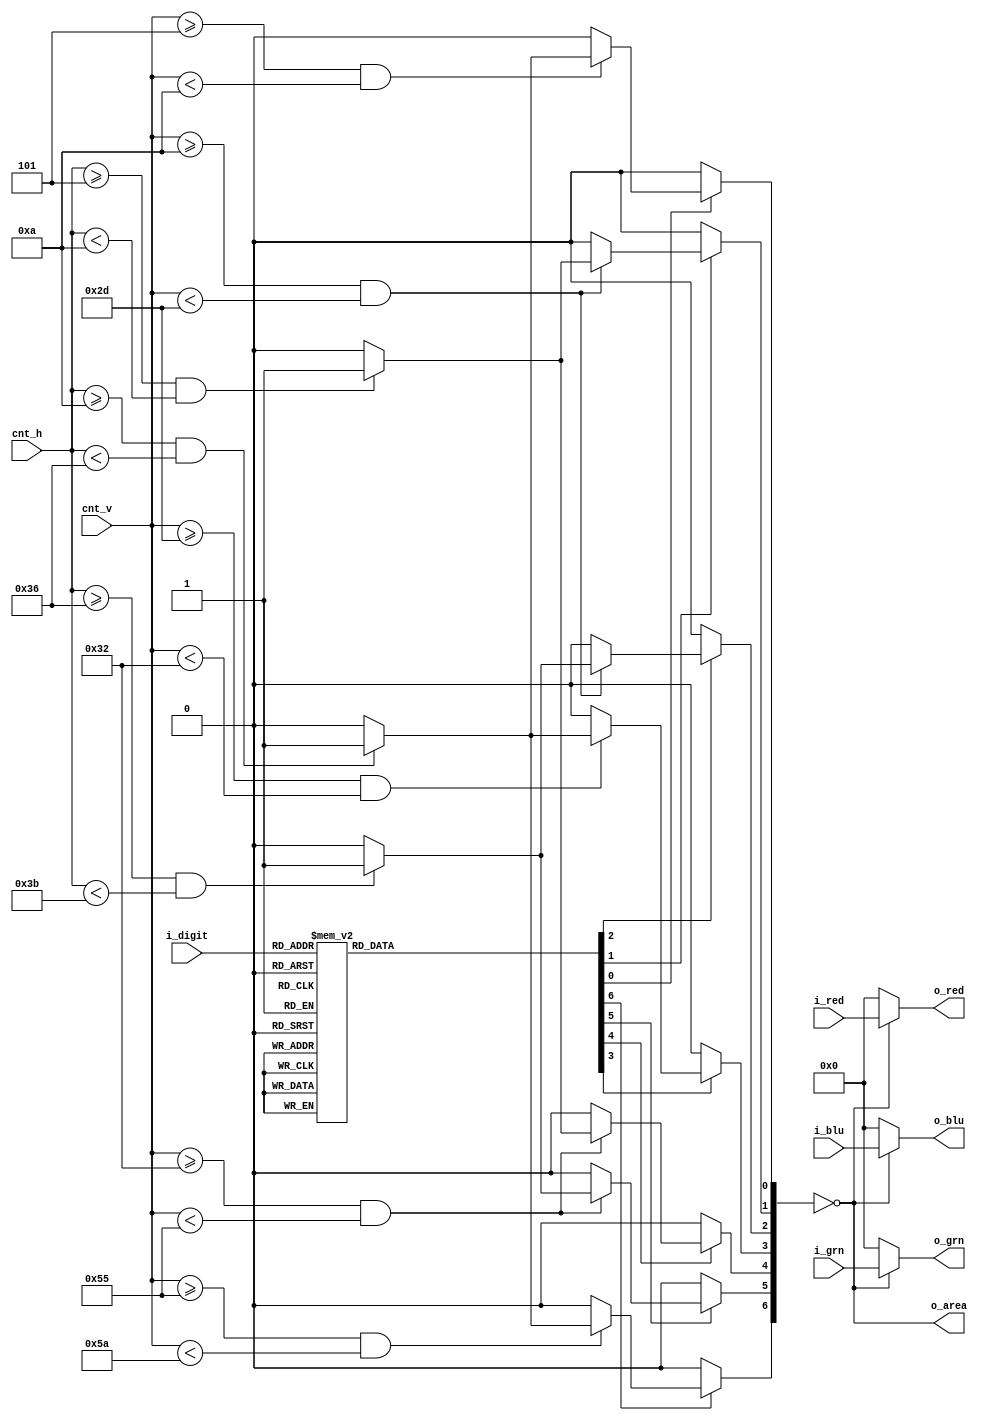
`timescale 1ns/1ps

module disp_digit_seg #(
	parameter	MAX_H     	= 7'd64 	,
	parameter	MAX_V     	= 7'd96 	,
	parameter	BOUNDARY	= 7'd5		,
	parameter	THICKNESS	= 7'd5
)(
	input		[ 4-1: 0]	i_digit		,// 0 ~ F

	input		[ 8-1: 0]	i_red		,
	input		[ 8-1: 0]	i_grn		,
	input		[ 8-1: 0]	i_blu		,

	input		[ 7-1: 0]	cnt_h		,// cnt_h < 1056
	input		[ 7-1: 0]	cnt_v		,// cnt_v < 628

	output		[ 8-1: 0]	o_red		,
	output		[ 8-1: 0]	o_grn		,
	output		[ 8-1: 0]	o_blu		,

	output					o_area		
);

parameter HEIGHT = (MAX_V - 2*BOUNDARY - 3*THICKNESS)/2;

reg		[ 7-1: 0]	w_7segment	;

reg		[ 7-1: 0]	w_7seg_area	;

assign o_area = !w_7seg_area;
assign o_red = (o_area) ? i_red : 8'h0 ;
assign o_grn = (o_area) ? i_grn : 8'h0 ;
assign o_blu = (o_area) ? i_blu : 8'h0 ;

// w_7segment[0] /*{{{*/
always @ (*) begin
	if (w_7segment[0]) begin
		if ((cnt_v >=BOUNDARY)&(cnt_v < (BOUNDARY+THICKNESS) )) begin
			if ((cnt_h >=(BOUNDARY+THICKNESS))&(cnt_h < (MAX_H-BOUNDARY-THICKNESS))) begin
				w_7seg_area[0]	<= 1'b1;
			end else begin
				w_7seg_area[0]	<= 1'b0;
			end
		end else begin
			w_7seg_area[0]	<= 1'b0;
		end
	end else begin
		w_7seg_area[0]	<= 1'b0;
	end
end
// w_7segment[0] /*}}}*/
// w_7segment[1] /*{{{*/
always @ (*) begin
	if (w_7segment[1]) begin
		if ((cnt_v >=(BOUNDARY+THICKNESS))&(cnt_v < (BOUNDARY+THICKNESS+HEIGHT) )) begin
			if ( ( cnt_h >= BOUNDARY ) & ( cnt_h < (BOUNDARY+THICKNESS) ) ) begin
				w_7seg_area[1]	<= 1'b1;
			end else begin
				w_7seg_area[1]	<= 1'b0;
			end
		end else begin
			w_7seg_area[1]	<= 1'b0;
		end
	end else begin
		w_7seg_area[1]	<= 1'b0;
	end
end
// w_7segment[1] /*}}}*/
// w_7segment[2] /*{{{*/
always @ (*) begin
	if (w_7segment[2]) begin
		if ((cnt_v >=(BOUNDARY+THICKNESS))&(cnt_v < (BOUNDARY+THICKNESS+HEIGHT) )) begin
			if ((cnt_h >=(MAX_H-BOUNDARY-THICKNESS))&(cnt_h < (MAX_H-BOUNDARY))) begin
				w_7seg_area[2]	<= 1'b1;
			end else begin
				w_7seg_area[2]	<= 1'b0;
			end
		end else begin
			w_7seg_area[2]	<= 1'b0;
		end
	end else begin
		w_7seg_area[2]	<= 1'b0;
	end
end
// w_7segment[2] /*}}}*/
// w_7segment[3] /*{{{*/
always @ (*) begin
	if (w_7segment[3]) begin
		if ((cnt_v >=(BOUNDARY+THICKNESS+HEIGHT))&(cnt_v < (BOUNDARY+THICKNESS+HEIGHT+THICKNESS) )) begin
			if ((cnt_h >=(BOUNDARY+THICKNESS))&(cnt_h < (MAX_H-BOUNDARY-THICKNESS))) begin
				w_7seg_area[3]	<= 1'b1;
			end else begin
				w_7seg_area[3]	<= 1'b0;
			end
		end else begin
			w_7seg_area[3]	<= 1'b0;
		end
	end else begin
		w_7seg_area[3]	<= 1'b0;
	end
end
// w_7segment[3] /*}}}*/
// w_7segment[4] /*{{{*/
always @ (*) begin
	if (w_7segment[4]) begin
		if ((cnt_v >=(BOUNDARY+THICKNESS+HEIGHT+THICKNESS))&(cnt_v < (BOUNDARY+THICKNESS+HEIGHT+THICKNESS+HEIGHT) )) begin
			if ( ( cnt_h >= BOUNDARY ) & ( cnt_h < (BOUNDARY+THICKNESS) ) ) begin
				w_7seg_area[4]	<= 1'b1;
			end else begin
				w_7seg_area[4]	<= 1'b0;
			end
		end else begin
			w_7seg_area[4]	<= 1'b0;
		end
	end else begin
		w_7seg_area[4]	<= 1'b0;
	end
end
// w_7segment[4] /*}}}*/
// w_7segment[5] /*{{{*/
always @ (*) begin
	if (w_7segment[5]) begin
		if ((cnt_v >=(BOUNDARY+THICKNESS+HEIGHT+THICKNESS))&(cnt_v < (BOUNDARY+THICKNESS+HEIGHT+THICKNESS+HEIGHT) )) begin
			if ((cnt_h >=(MAX_H-BOUNDARY-THICKNESS))&(cnt_h < (MAX_H-BOUNDARY))) begin
				w_7seg_area[5]	<= 1'b1;
			end else begin
				w_7seg_area[5]	<= 1'b0;
			end
		end else begin
			w_7seg_area[5]	<= 1'b0;
		end
	end else begin
		w_7seg_area[5]	<= 1'b0;
	end
end
// w_7segment[5] /*}}}*/
// w_7segment[6] /*{{{*/
always @ (*) begin
	if (w_7segment[6]) begin
		if ((cnt_v >=(BOUNDARY+THICKNESS+HEIGHT+THICKNESS+HEIGHT))&(cnt_v < (BOUNDARY+THICKNESS+HEIGHT+THICKNESS+HEIGHT+THICKNESS) )) begin
			if ((cnt_h >=(BOUNDARY+THICKNESS))&(cnt_h < (MAX_H-BOUNDARY-THICKNESS))) begin
				w_7seg_area[6]	<= 1'b1;
			end else begin
				w_7seg_area[6]	<= 1'b0;
			end
		end else begin
			w_7seg_area[6]	<= 1'b0;
		end
	end else begin
		w_7seg_area[6]	<= 1'b0;
	end
end
// w_7segment[6] /*}}}*/

always @ (*) begin
	case(i_digit)
		4'h0:begin/*{{{*/
			w_7segment[0] = 1'b1;
			w_7segment[1] = 1'b1;
			w_7segment[2] = 1'b1;
			w_7segment[3] = 1'b0;
			w_7segment[4] = 1'b1;
			w_7segment[5] = 1'b1;
			w_7segment[6] = 1'b1;
		end/*}}}*/
		4'h1:begin/*{{{*/
			w_7segment[0] = 1'b0;
			w_7segment[1] = 1'b0;
			w_7segment[2] = 1'b1;
			w_7segment[3] = 1'b0;
			w_7segment[4] = 1'b0;
			w_7segment[5] = 1'b1;
			w_7segment[6] = 1'b0;
		end/*}}}*/
		4'h2:begin/*{{{*/
			w_7segment[0] = 1'b1;
			w_7segment[1] = 1'b0;
			w_7segment[2] = 1'b1;
			w_7segment[3] = 1'b1;
			w_7segment[4] = 1'b1;
			w_7segment[5] = 1'b0;
			w_7segment[6] = 1'b1;
		end/*}}}*/
		4'h3:begin/*{{{*/
			w_7segment[0] = 1'b1;
			w_7segment[1] = 1'b0;
			w_7segment[2] = 1'b1;
			w_7segment[3] = 1'b1;
			w_7segment[4] = 1'b0;
			w_7segment[5] = 1'b1;
			w_7segment[6] = 1'b1;
		end/*}}}*/
		4'h4:begin/*{{{*/
			w_7segment[0] = 1'b0;
			w_7segment[1] = 1'b1;
			w_7segment[2] = 1'b1;
			w_7segment[3] = 1'b1;
			w_7segment[4] = 1'b0;
			w_7segment[5] = 1'b1;
			w_7segment[6] = 1'b0;
		end/*}}}*/
		4'h5:begin/*{{{*/
			w_7segment[0] = 1'b1;
			w_7segment[1] = 1'b1;
			w_7segment[2] = 1'b0;
			w_7segment[3] = 1'b1;
			w_7segment[4] = 1'b0;
			w_7segment[5] = 1'b1;
			w_7segment[6] = 1'b1;
		end/*}}}*/
		4'h6:begin/*{{{*/
			w_7segment[0] = 1'b1;
			w_7segment[1] = 1'b1;
			w_7segment[2] = 1'b0;
			w_7segment[3] = 1'b1;
			w_7segment[4] = 1'b1;
			w_7segment[5] = 1'b1;
			w_7segment[6] = 1'b1;
		end/*}}}*/
		4'h7:begin/*{{{*/
			w_7segment[0] = 1'b1;
			w_7segment[1] = 1'b1;
			w_7segment[2] = 1'b1;
			w_7segment[3] = 1'b0;
			w_7segment[4] = 1'b0;
			w_7segment[5] = 1'b1;
			w_7segment[6] = 1'b0;
		end/*}}}*/
		4'h8:begin/*{{{*/
			w_7segment[0] = 1'b1;
			w_7segment[1] = 1'b1;
			w_7segment[2] = 1'b1;
			w_7segment[3] = 1'b1;
			w_7segment[4] = 1'b1;
			w_7segment[5] = 1'b1;
			w_7segment[6] = 1'b1;
		end/*}}}*/
		4'h9:begin/*{{{*/
			w_7segment[0] = 1'b1;
			w_7segment[1] = 1'b1;
			w_7segment[2] = 1'b1;
			w_7segment[3] = 1'b1;
			w_7segment[4] = 1'b0;
			w_7segment[5] = 1'b1;
			w_7segment[6] = 1'b1;
		end/*}}}*/
		4'hA:begin/*{{{*/
			w_7segment[0] = 1'b1;
			w_7segment[1] = 1'b1;
			w_7segment[2] = 1'b1;
			w_7segment[3] = 1'b1;
			w_7segment[4] = 1'b1;
			w_7segment[5] = 1'b1;
			w_7segment[6] = 1'b0;
		end/*}}}*/
		4'hB:begin/*{{{*/
			w_7segment[0] = 1'b1;
			w_7segment[1] = 1'b1;
			w_7segment[2] = 1'b1;
			w_7segment[3] = 1'b1;
			w_7segment[4] = 1'b1;
			w_7segment[5] = 1'b1;
			w_7segment[6] = 1'b1;
		end/*}}}*/
		4'hC:begin/*{{{*/
			w_7segment[0] = 1'b1;
			w_7segment[1] = 1'b1;
			w_7segment[2] = 1'b0;
			w_7segment[3] = 1'b0;
			w_7segment[4] = 1'b1;
			w_7segment[5] = 1'b0;
			w_7segment[6] = 1'b1;
		end/*}}}*/
		4'hD:begin/*{{{*/
			w_7segment[0] = 1'b1;
			w_7segment[1] = 1'b1;
			w_7segment[2] = 1'b1;
			w_7segment[3] = 1'b0;
			w_7segment[4] = 1'b1;
			w_7segment[5] = 1'b1;
			w_7segment[6] = 1'b1;
		end/*}}}*/
		4'hE:begin/*{{{*/
			w_7segment[0] = 1'b1;
			w_7segment[1] = 1'b1;
			w_7segment[2] = 1'b0;
			w_7segment[3] = 1'b1;
			w_7segment[4] = 1'b1;
			w_7segment[5] = 1'b0;
			w_7segment[6] = 1'b1;
		end/*}}}*/
		4'hF:begin/*{{{*/
			w_7segment[0] = 1'b1;
			w_7segment[1] = 1'b1;
			w_7segment[2] = 1'b0;
			w_7segment[3] = 1'b1;
			w_7segment[4] = 1'b1;
			w_7segment[5] = 1'b0;
			w_7segment[6] = 1'b0;
		end/*}}}*/
		default:begin/*{{{*/
			w_7segment[0] = 1'b0;
			w_7segment[1] = 1'b0;
			w_7segment[2] = 1'b0;
			w_7segment[3] = 1'b0;
			w_7segment[4] = 1'b0;
			w_7segment[5] = 1'b0;
			w_7segment[6] = 1'b0;
		end/*}}}*/
	endcase
end

endmodule